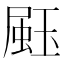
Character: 𤧤